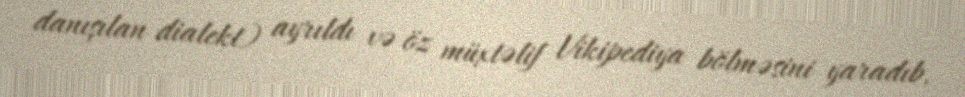
danışılan dialekt) ayrıldı və öz müxtəlif Vikipediya bölməsini yaradıb.